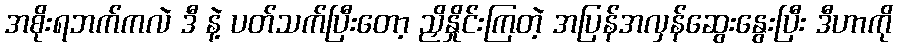
အစိုးရဘက်ကလဲ ဒီ နဲ့ ပတ်သက်ပြီးတော့ ညှိနှိုင်းကြတဲ့ အပြန်အလှန်ဆွေးနွေးပြီး ဒီဟာကို